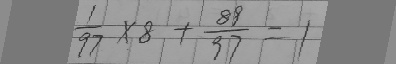
\frac { 1 } { 9 7 } \times 8 + \frac { 8 9 } { 9 7 } = 1